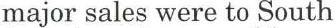
major sales were to South